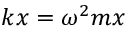
k x = \omega ^ { 2 } m x